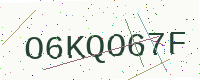
Text: O6KQO67F